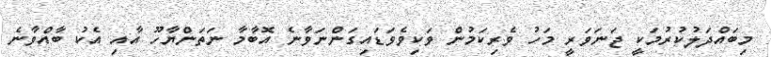
މިބައްދަލުކުރުމަކީ ޖަނަވަރީ މަހު ވެރިކަމުން ވަކިވެވަޑައިގަންނަވާނެ އޮބާމާ ނަތަންޔާހޫ އާއި އެކު ބާއްވާނެ